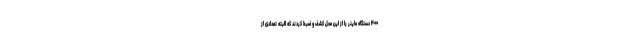
۴۰۰ دستگاه ماینر را از این محل کشف و ضبط کردند که البته تعدادی از